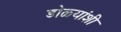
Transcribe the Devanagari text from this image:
डोळ्यांशी